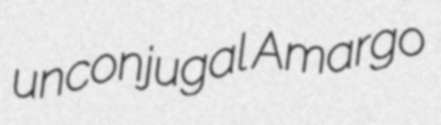
unconjugal Amargo